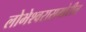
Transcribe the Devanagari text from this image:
लोभेश्‍वरासमोरील